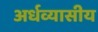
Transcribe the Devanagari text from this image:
अर्धव्यासीय